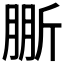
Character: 𣂤